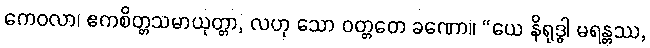
ကေဝလာ၊ ဧကစိတ္တသမာယုတ္တာ, လဟု သော ဝတ္တတေ ခဏော။ “ယေ နိရုဒ္ဓါ မရန္တဿ,